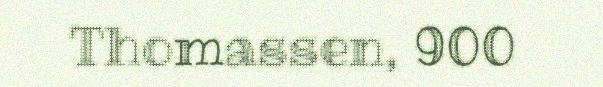
Thomassen, 900